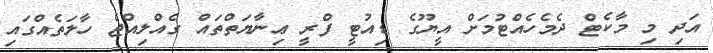
އަދި މި މާކެޓް ދެމެހެއްޓުމަށް އީޔޫގެ ޑިއުޓީ ފްރީ ޢިނާޔަތްތައް ގެއްލިއްޖެ ހާލަތެއްގައި